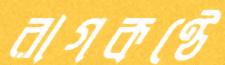
রাগকণ্ঠে